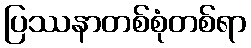
ပြဿနာတစ်စုံတစ်ရာ